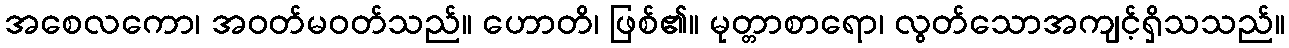
အစေလကော၊ အဝတ်မဝတ်သည်။ ဟောတိ၊ ဖြစ်၏။ မုတ္တာစာရော၊ လွတ်သောအကျင့်ရှိသသည်။